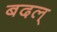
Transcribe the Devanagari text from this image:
बदल्